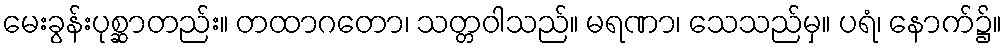
မေးခွန်းပုစ္ဆာတည်း။ တထာဂတော၊ သတ္တဝါသည်။ မရဏာ၊ သေသည်မှ။ ပရံ၊ နောက်၌။